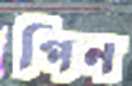
পিন